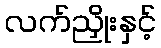
လက်ညှိုးနှင့်